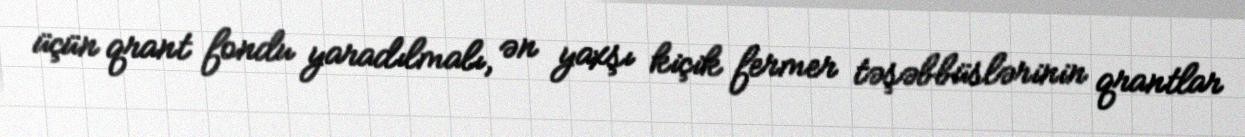
üçün qrant fondu yaradılmalı, ən yaxşı kiçik fermer təşəbbüslərinin qrantlar